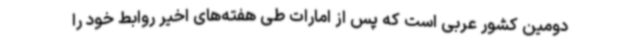
دومین کشور عربی است که پس از امارات طی هفته‌های اخیر روابط خود را